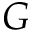
G